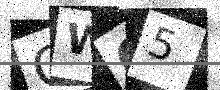
Text: CWO5